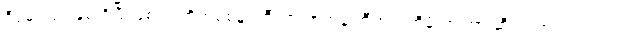
ဒီပွဲမှာ ၄၁ နှစ် ရှိပြီ ဖြစ်တဲ့ တိုက်စစ်မှူးကြီး ဇလာတန် အီဘရာဟီမိုဗစ် ဟာ ဆွီဒင် အသင်းအတွက်